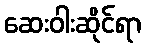
ဆေးဝါးဆိုင်ရာ